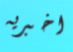
اخبريه